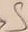
Text: S